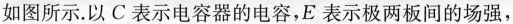
如图所示。以C表示电容器的电容，E表示极两板间的场强，